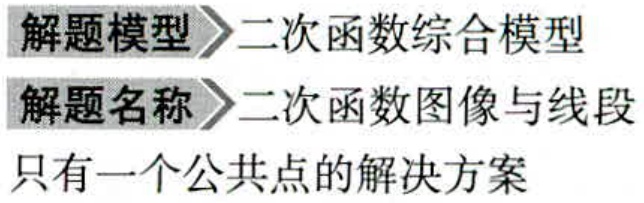
\begin{description}
\item[解题模型] 二次函数综合模型
\item[解题名称] 二次函数图像与线段只有一个公共点的解决方案
\end{description}